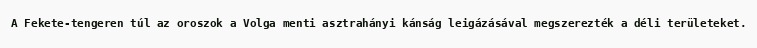
A Fekete-tengeren túl az oroszok a Volga menti asztrahányi kánság leigázásával megszerezték a déli területeket.